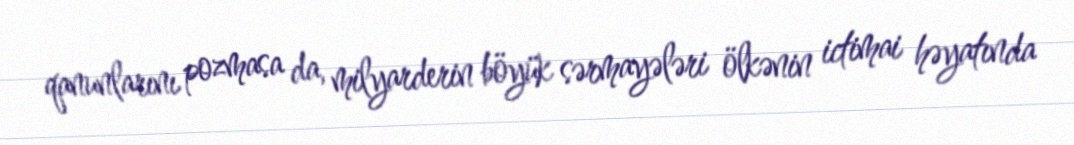
qanunlarını pozmasa da, milyarderin böyük sərmayələri ölkənin ictimai həyatında